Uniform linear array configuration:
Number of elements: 48
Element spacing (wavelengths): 0.5
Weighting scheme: uniform
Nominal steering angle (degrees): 45
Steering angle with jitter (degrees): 45.164
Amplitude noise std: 0.05
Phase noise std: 0.05

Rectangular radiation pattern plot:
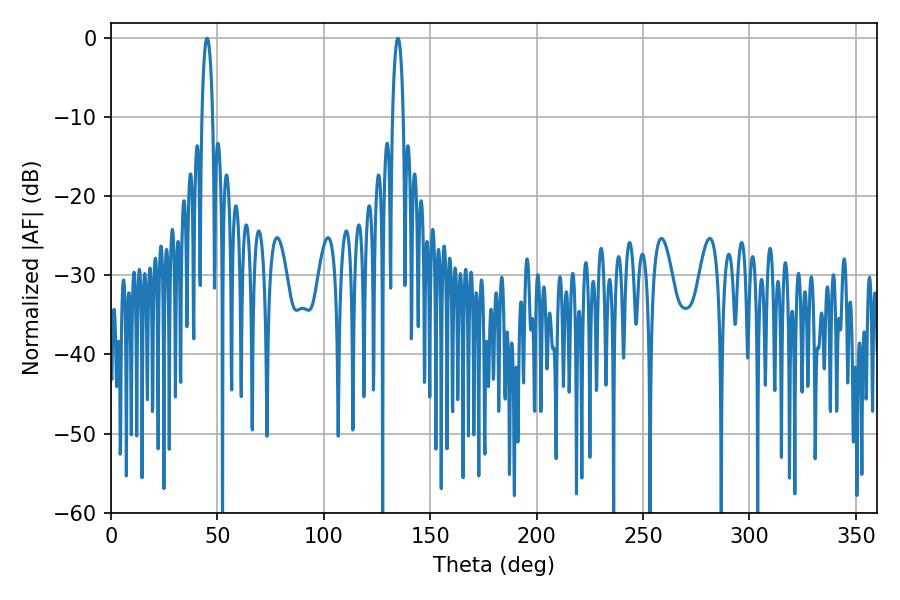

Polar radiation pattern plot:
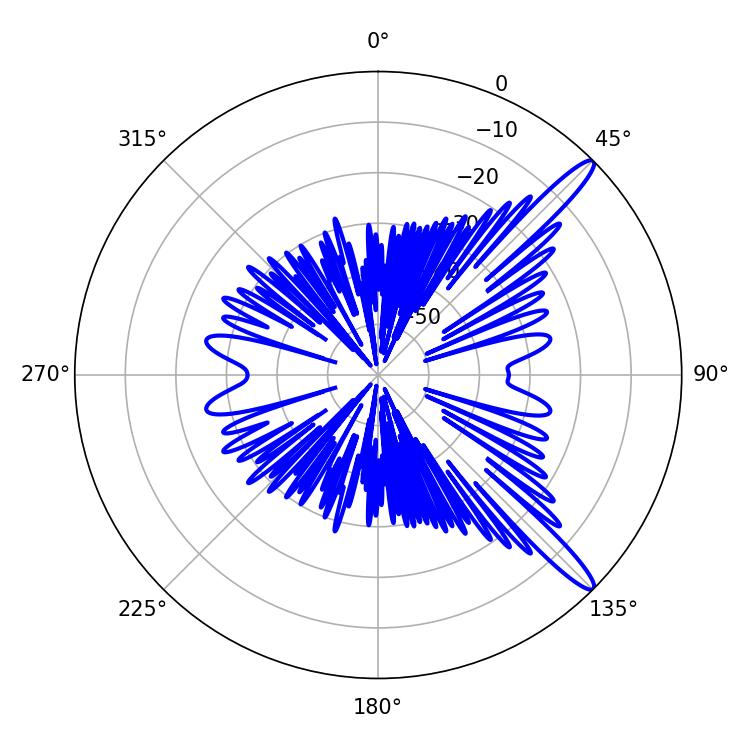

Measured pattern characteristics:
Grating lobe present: FALSE
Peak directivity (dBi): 13.858
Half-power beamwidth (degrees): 2.88
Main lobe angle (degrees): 134.82